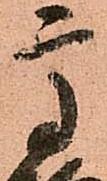
高